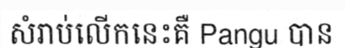
សំរាប់លើកនេះគឺ Pangu បាន